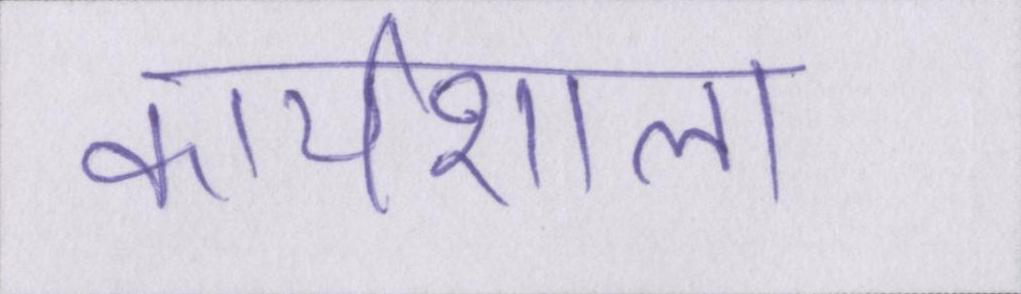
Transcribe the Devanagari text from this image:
कार्यशाला